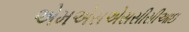
એમએસએસસીસીઆઇ